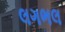
લગભલ